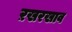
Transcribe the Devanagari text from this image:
ऱखरखाव